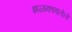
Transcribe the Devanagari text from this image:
झळकावलेले